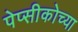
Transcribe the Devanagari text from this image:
पेप्सीकोच्या